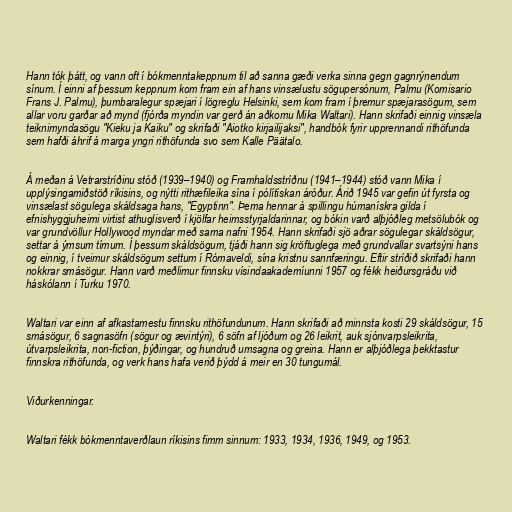
Hann tók þátt, og vann oft í bókmenntakeppnum til að sanna gæði verka sinna gegn gagnrýnendum
sínum. Í einni af þessum keppnum kom fram ein af hans vinsælustu sögupersónum, Palmu (Komisario
Frans J. Palmu), þumbaralegur spæjari í lögreglu Helsinki, sem kom fram í þremur spæjarasögum, sem
allar voru garðar að mynd (fjórða myndin var gerð án aðkomu Mika Waltari). Hann skrifaði einnig vinsæla
teiknimyndasögu "Kieku ja Kaiku" og skrifaði "Aiotko kirjailijaksi", handbók fyrir upprennandi rithöfunda
sem hafði áhrif á marga yngri rithöfunda svo sem Kalle Päätalo.

Á meðan á Vetrarstríðinu stóð (1939–1940) og Framhaldsstríðnu (1941–1944) stóð vann Mika í
upplýsingamiðstöð ríkisins, og nýtti rithæfileika sína í pólítískan áróður. Árið 1945 var gefin út fyrsta og
vinsælast sögulega skáldsaga hans, "Egyptinn". Þema hennar á spillingu húmanískra gilda í
efnishyggjuheimi virtist athuglisverð í kjölfar heimsstyrjaldarinnar, og bókin varð alþjóðleg metsölubók og
var grundvöllur Hollywood myndar með sama nafni 1954. Hann skrifaði sjö aðrar sögulegar skáldsögur,
settar á ýmsum tímum. Í þessum skáldsögum, tjáði hann sig kröftuglega með grundvallar svartsýni hans
og einnig, í tveimur skáldsögum settum í Rómaveldi, sína kristnu sannfæringu. Eftir stríðið skrifaði hann
nokkrar smásögur. Hann varð meðlimur finnsku vísindaakademíunni 1957 og fékk heiðursgráðu við
háskólann í Turku 1970.

Waltari var einn af afkastamestu finnsku rithöfundunum. Hann skrifaði að minnsta kosti 29 skáldsögur, 15
smásögur, 6 sagnasöfn (sögur og ævintýri), 6 söfn af ljóðum og 26 leikrit, auk sjónvarpsleikrita,
útvarpsleikrita, non-fiction, þýðingar, og hundruð umsagna og greina. Hann er alþjóðlega þekktastur
finnskra rithöfunda, og verk hans hafa verið þýdd á meir en 30 tungumál.

Viðurkenningar.

Waltari fékk bókmenntaverðlaun ríkisins fimm sinnum: 1933, 1934, 1936, 1949, og 1953.